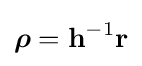
{\boldsymbol {\rho }}=\mathbf {h} ^{-1}\mathbf {r}